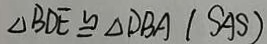
\Delta B D E \cong \Delta D B A ( S A S )